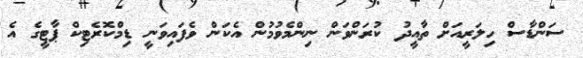
ސަންޑާސް ހިލަރީއަށް ތާއީދު ކުރަންވަން ނިންމެވުމުން އެކަން ވެފައިވަނީ ޑިމްކޮރެޓިކް ޕާޓީގެ އެ